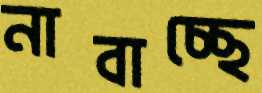
নাবাচ্ছে